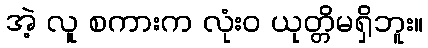
အဲ့ လူ စကားက လုံးဝ ယုတ္တိမရှိဘူး။